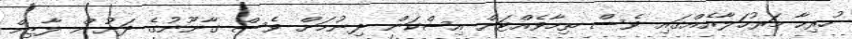
ހުރިހާ މަރުހަލާއެއްގައި ވެސް ތިމާވެއްޓަށް އިސްކަން ދިނުމަށް ވެސް ގާނޫނުގެ ދަށުން ލާޒިމް